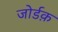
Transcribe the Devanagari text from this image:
जोर्डक़